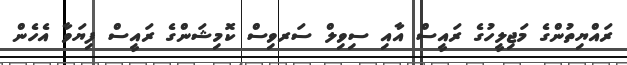
ރައްޔިތުންގެ މަޖިލީހުގެ ރައީސް އާއި ސިވިލް ސަރވިސް ކޮމިޝަންގެ ރައީސް ފިޔަވާ އެހެން